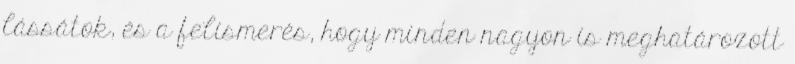
lássátok, és a felismerés, hogy minden nagyon is meghatározott